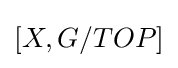
[X,G/TOP]